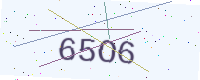
Text: 65O6